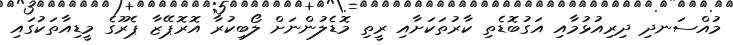
މުއްސަނދި ދިރިއުޅުމާއި އަގުބޮޑެތި ކާރުތަކަށާއި ރީތި މޮޑެލުންނަށް ލޯބިކުރާ އޮރޮޕޭޒާ ޕެރޫގެ މީޑިއާތަކުގައި